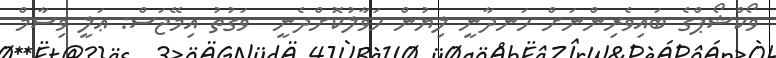
ވޯކްޝޯޕްގެ ބައިވެރިންނަށް ހަނދާނީ ލިޔުން ހަވާލުކޮށްދެނީ  ވަގުތު އިމޭޖަސް: ޢަލީ ވިސާމް